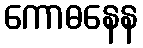
ကောဓနေန